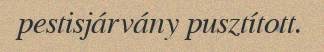
pestisjárvány pusztított.